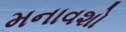
મનાવશો